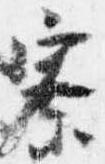
寮